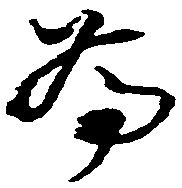
為